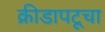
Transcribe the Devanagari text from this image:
क्रीडापटूचा